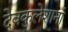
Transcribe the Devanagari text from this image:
देवकुलेशानां